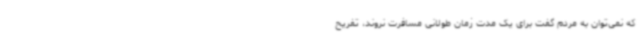
که نمی‌توان به مردم گفت برای یک مدت ‌زمان طولانی مسافرت نروند، تفریح